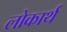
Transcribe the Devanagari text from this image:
लोकार्थ